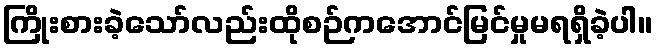
ကြိုးစားခဲ့သော်လည်းထိုစဉ်ကအောင်မြင်မှုမရရှိခဲ့ပါ။